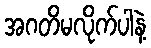
အဂတိမလိုက်ပါနဲ့